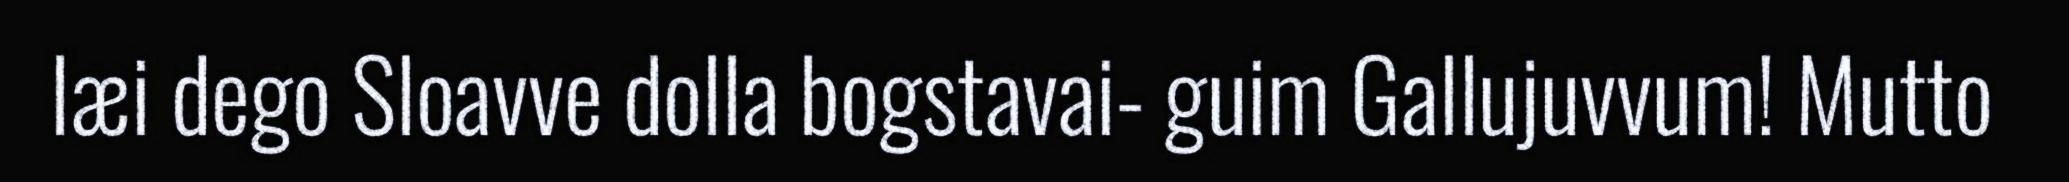
læi dego Sloavve dolla bogstavai- guim Gallujuvvum! Mutto